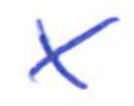
Text: X
Cross-out: clean
Writing tool: ballpoint